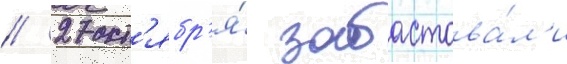
/ 27 окт'ябр'я́ забастова́л'и